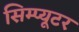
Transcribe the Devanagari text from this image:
सिम्प्यूटर